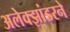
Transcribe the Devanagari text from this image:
अलेक्झांडरने